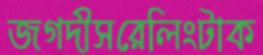
জগদীসরেলিংটাক